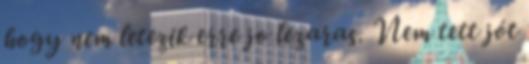
hogy nem letezik erre jo lezaras. Nem tett jót